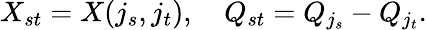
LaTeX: X_{st}=X(j_{s},j_{t}),\ \ \ \ Q_{st}=Q_{j_{s}}-Q_{j_{t}}.